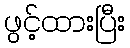
ဖွင့်ထားပြီး